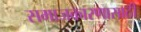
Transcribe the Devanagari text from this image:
समाजकारणासाठी